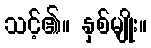
သင့်၏။ နှစ်မျိုး။